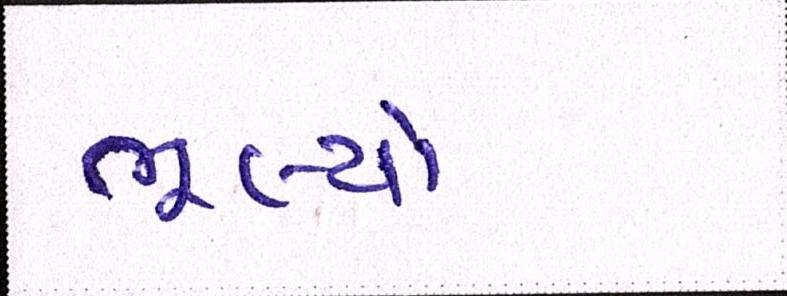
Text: ભૂલ્યો